Lunatic asylums in Bengal annual reports 1912-1924 - 1912-1924
Year: 1912
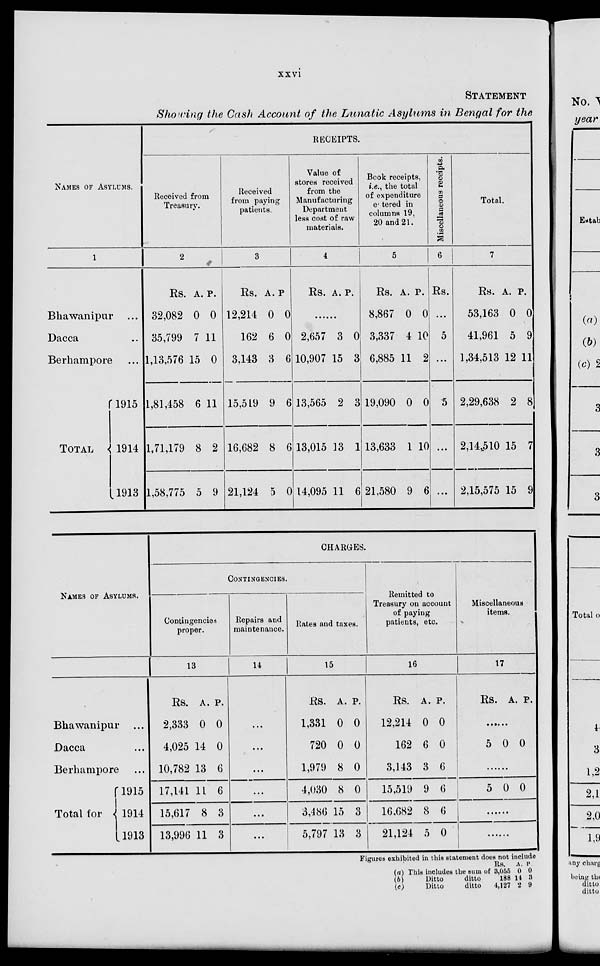
xxvi
STATEMENT
Showing the Cash Account of the Lunatic Asylums in Bengal for the
NAMES OF ASYLUMS.
1
Bhawanipur ...
Dacca ...
Berhampore ...
TOTAL
1915
1914
1913
RECEIPTS.
Received from
Treasury.
2
Rs.
32,082
35,799
1,13,576
1,81,458
1,71,179
1,58,775
A.
0
7
15
6
8
5
P.
0
11
0
11
2
9
Received
from paying
patients
3
Rs.
12,214
162
3,143
15,519
16,682
21,124
A.
0
6
3
9
8
5
P.
0
0
6
6
6
0
Value of
stores received
from the
Manufacturing
Department
less cost of raw
materials.
4
Rs. A. P.
......
2,657
10,907
13,565
13,015
14,095
3
15
2
13
11
0
3
3
1
6
Bcok receipts,
i.e., the total
of expenditure
entered in
columns 19,
20 and 21.
5
Rs.
8,867
3,337
6,885
19,090
13,633
21,580
A.
0
4
11
0
1
9
P.
0
10
2
0
10
6
Miscellaneous receipts.
6
Rs.
...
5
...
5
...
...
Total.
7
Rs.
53,163
41,961
1,34,513
2,29,638
2,14,510
2,15,575
A.
0
5
12
2
15
15
P.
0
9
11
8
7
9
NAMES OF ASYLUMS.
Bhawanipur ...
Dacca ...
Berhampore ...
Total for
1915
1914
1913
CHARGES.
CONTINGENCIES.
Contingencies
proper.
13
Rs.
2,333
4,025
10,782
17,141
15,617
13,996
A.
0
14
13
11
8
11
P.
0
0
6
6
3
3
Repairs and
maintenance.
14
...
...
...
...
...
....
Rates and taxes.
15
Rs.
1,331
720
1,979
4,030
3,486
5,797
A.
0
0
8
8
15
13
P.
0
0
0
0
3
3
Remitted to
Treasury on account
of paying
patients, etc.
16
Rs.
12,214
162
3,143
15,519
16,682
21,124
A.
0
6
3
9
8
5
P.
0
0
6
6
6
0
Miscellaneous
items.
17
Rs. A. P.
......
5
0
0
......
5
0 0
.......
.....
Figures exhibited in this statement does not include
(a) This includes the sum of
(b)
Ditto
ditto
(c)
Ditto
ditto
Rs.
3,055
188
4,127
A.
0
14
2
P.
0
3
9